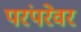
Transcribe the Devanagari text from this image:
परंपरेवर